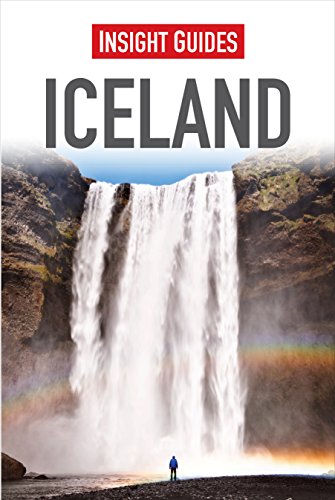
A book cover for Iceland (Insight Guides); Insight Guides; Travel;